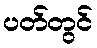
ပတ်တွင်